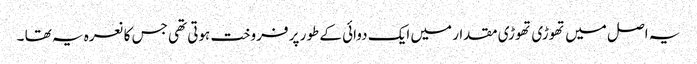
یہ اصل میں تھوڑی تھوڑی مقدار میں ایک دوائی کے طور پر فروخت ہوتی تھی جس کا نعرہ یہ تھا ۔